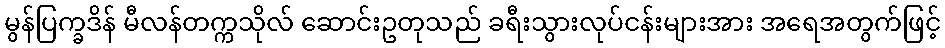
မွန်ပြက္ခဒိန် မီလန်တက္ကသိုလ် ဆောင်းဥတုသည် ခရီးသွားလုပ်ငန်းများအား အရေအတွက်ဖြင့်